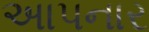
અાપનાર